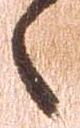
之